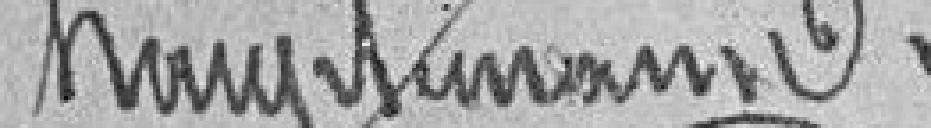
henry Traubtmann